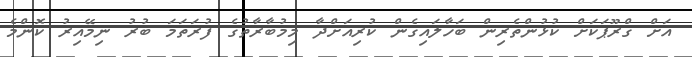
އަށް ގްރޫޕަކަށް ކުޅުންތެރިން ބަހާލައިގެން ކުރިއަށްދާ މިމުބާރާތުގެ ފުރަތަމަ ބުރު ނިމޭއިރު ކޮންމެ